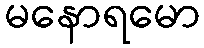
မနောရမော